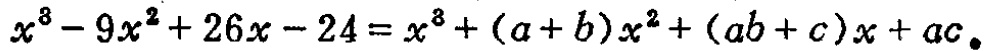
\(x^{3}-9x^{2}+26x - 24=x^{3}+(a + b)x^{2}+(ab + c)x+ac\)